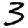
Digit: 3